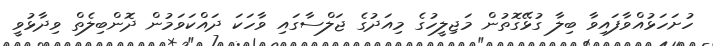
ހުށަހަޅުއްވާފައިވާ ބިލާ ގުޅޭގޮތުން މަޖިލީހުގެ މިއަދުގެ ޖަލްސާގައި ވާހަކަ ދައްކަވަމުން ދޮންބިލެތް ވިދާޅުވީ